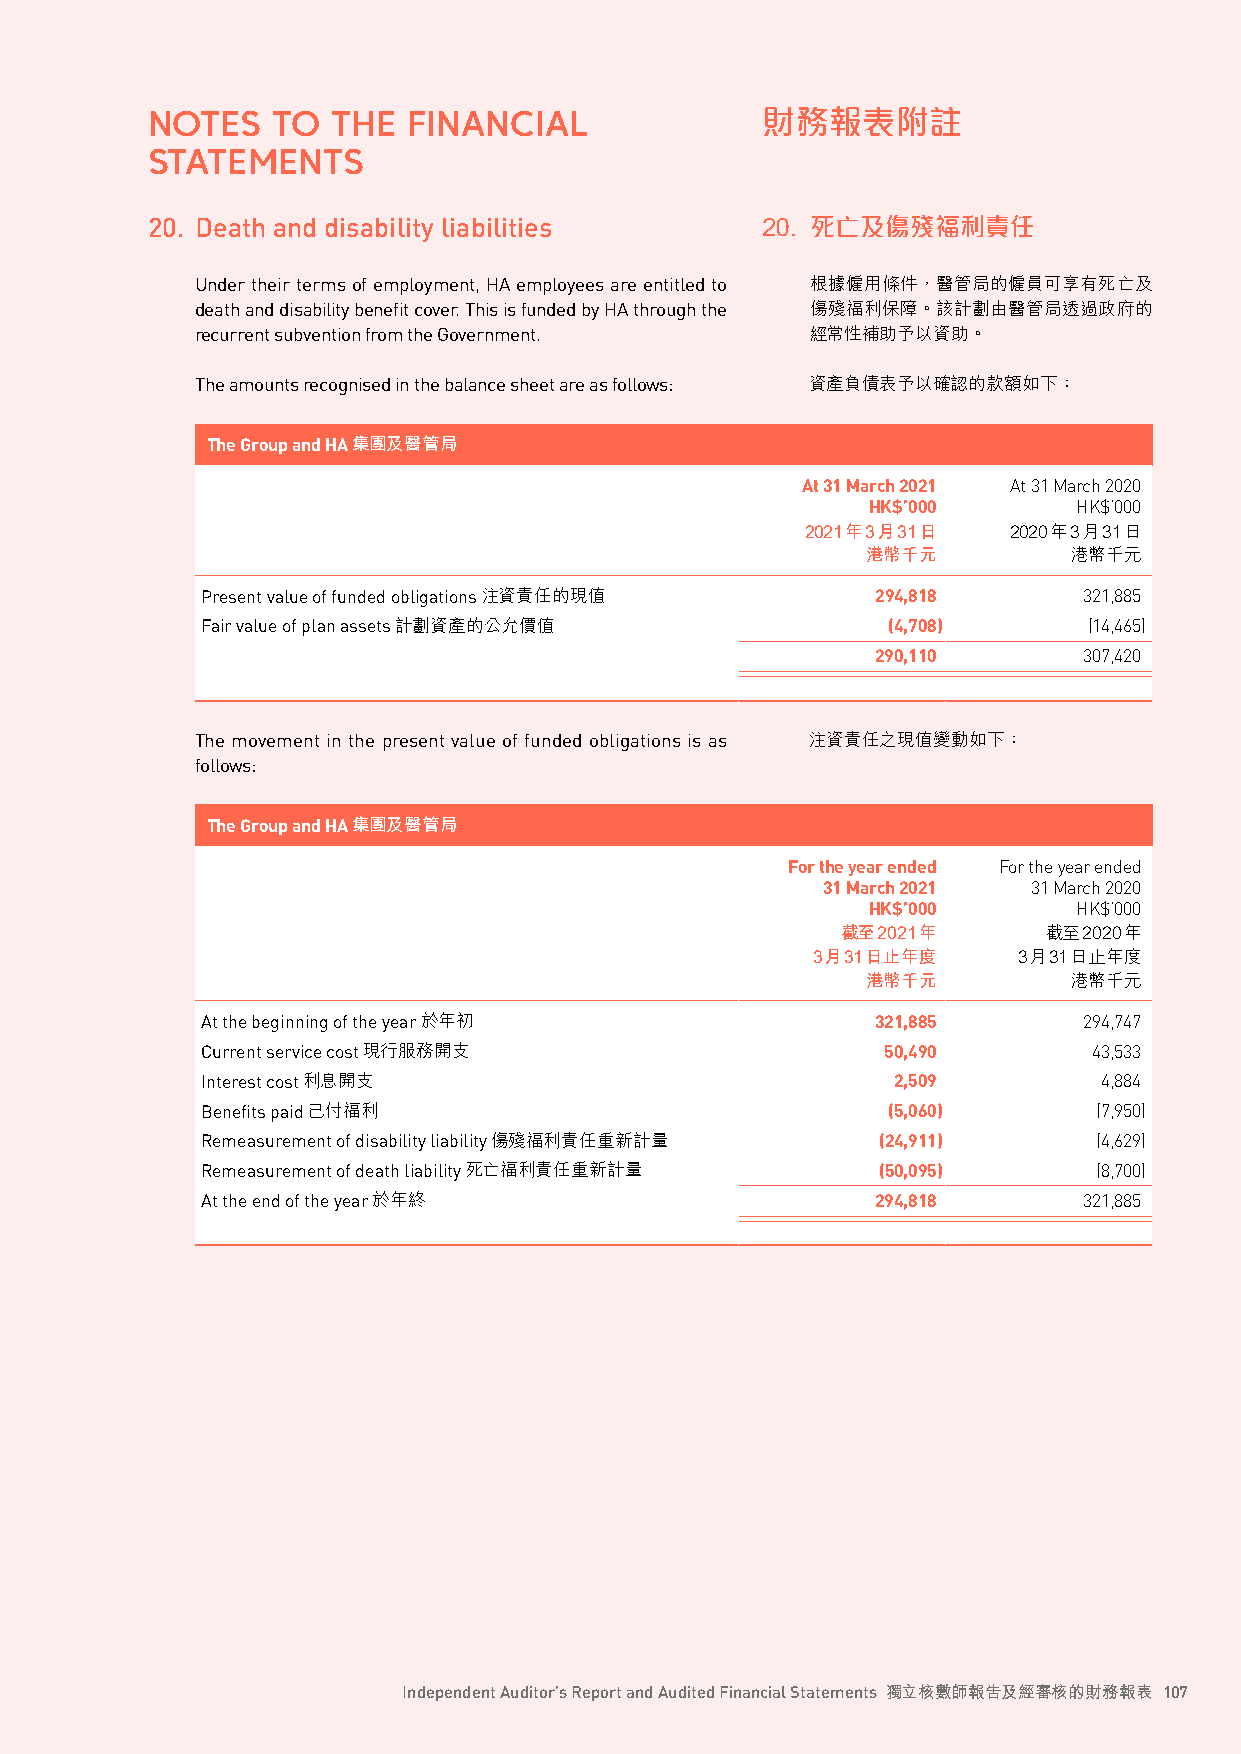
NOTES   TO  THE  FINANCIAL              財務報表附註
 STATEMENTS
 20. Death and disability liabilities    20. 死亡及傷殘福利責任
 Under their terms of employment, HA employees are entitled to 根據僱用條件，醫管局的僱員可享有死亡及
 death and disability benefit cover. This is funded by HA through the 傷殘福利保障。該計劃由醫管局透過政府的
 recurrent subvention from the Government. 經常性補助予以資助。
 The amounts recognised in the balance sheet are as follows: 資產負債表予以確認的款額如下：
 The Group and HA集團及醫管局
 At 31 March 2021 At 31 March 2020
 HK$’000      HK$’000
 2021年3月31日    2020年3月31日
 港幣千元          港幣千元
 Present value of funded obligations注資責任的現值   294,818       321,885
 Fair value of plan assets計劃資產的公允價值            (4,708)      (14,465)
 290,110       307,420
 The movement in the present value of funded obligations is as 注資責任之現值變動如下：
 follows:
 The Group and HA集團及醫管局
 For the year ended For the year ended
 31 March 2021 31 March 2020
 HK$’000      HK$’000
 截至2021年      截至2020年
 3月31日止年度     3月31日止年度
 港幣千元          港幣千元
 At the beginning of the year於年初              321,885       294,747
 Current service cost現行服務開支                    50,490       43,533
 Interest cost利息開支                             2,509         4,884
 Benefits paid已付福利                             (5,060)       (7,950)
 Remeasurement of disability liability傷殘福利責任重新計量 (24,911)    (4,629)
 Remeasurement of death liability死亡福利責任重新計量   (50,095)       (8,700)
 At the end of the year 於年終                   294,818       321,885
 Independent Auditor’s Report and Audited Financial Statements 獨立核數師報告及經審核的財務報表 107